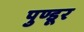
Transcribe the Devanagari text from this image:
पुण्डूर